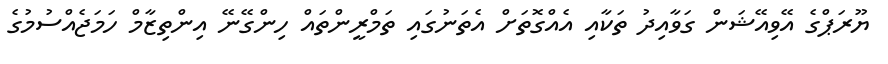
ޔޫރަޕްގެ އޭވިއޭޝަން ގަވާއިދު ތަކާއި އެއްގޮތަށް އެތަނުގައި ތަމްރީންތައް ހިންގޭނޭ އިންތިޒާމް ހަމަޖެއްސުމުގެ